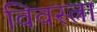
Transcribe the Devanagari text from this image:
विवस्त्रा